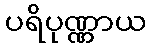
ပရိပုဏ္ဏာယ